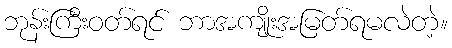
ဘုန်းကြီးဝတ်ရင် ဘာအကျိုးအမြတ်ရမလဲတဲ့။